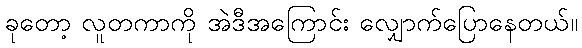
ခုတော့ လူတကာကို အဲဒီအကြောင်း လျှောက်ပြောနေတယ်။